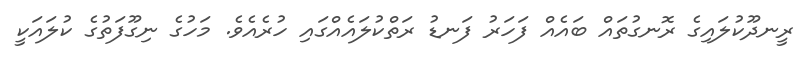
ރީނދޫކުލައިގެ ރޮނގުތައް ބައެއް ފަހަރު ފަނޑު ރަތްކުލައެއްގައި ހުރެއެވެ. މަހުގެ ނިގޫފަތުގެ ކުލައަކީ